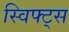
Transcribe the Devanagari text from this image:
स्विफ्ट्स